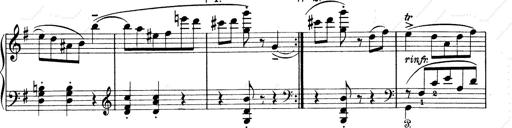
Title: 6 Polish Songs
Composer: Franz Liszt